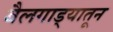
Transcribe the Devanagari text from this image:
बैलगाड्यातून